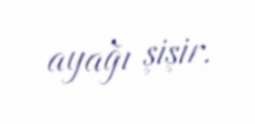
ayağı şişir.